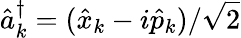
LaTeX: \hat{a}_{k}^{\dagger}=(\hat{x}_{k}-i\hat{p}_{k})/\sqrt{2}